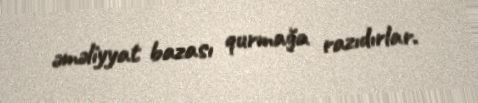
əməliyyat bazası qurmağa razıdırlar.